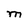
Character: M